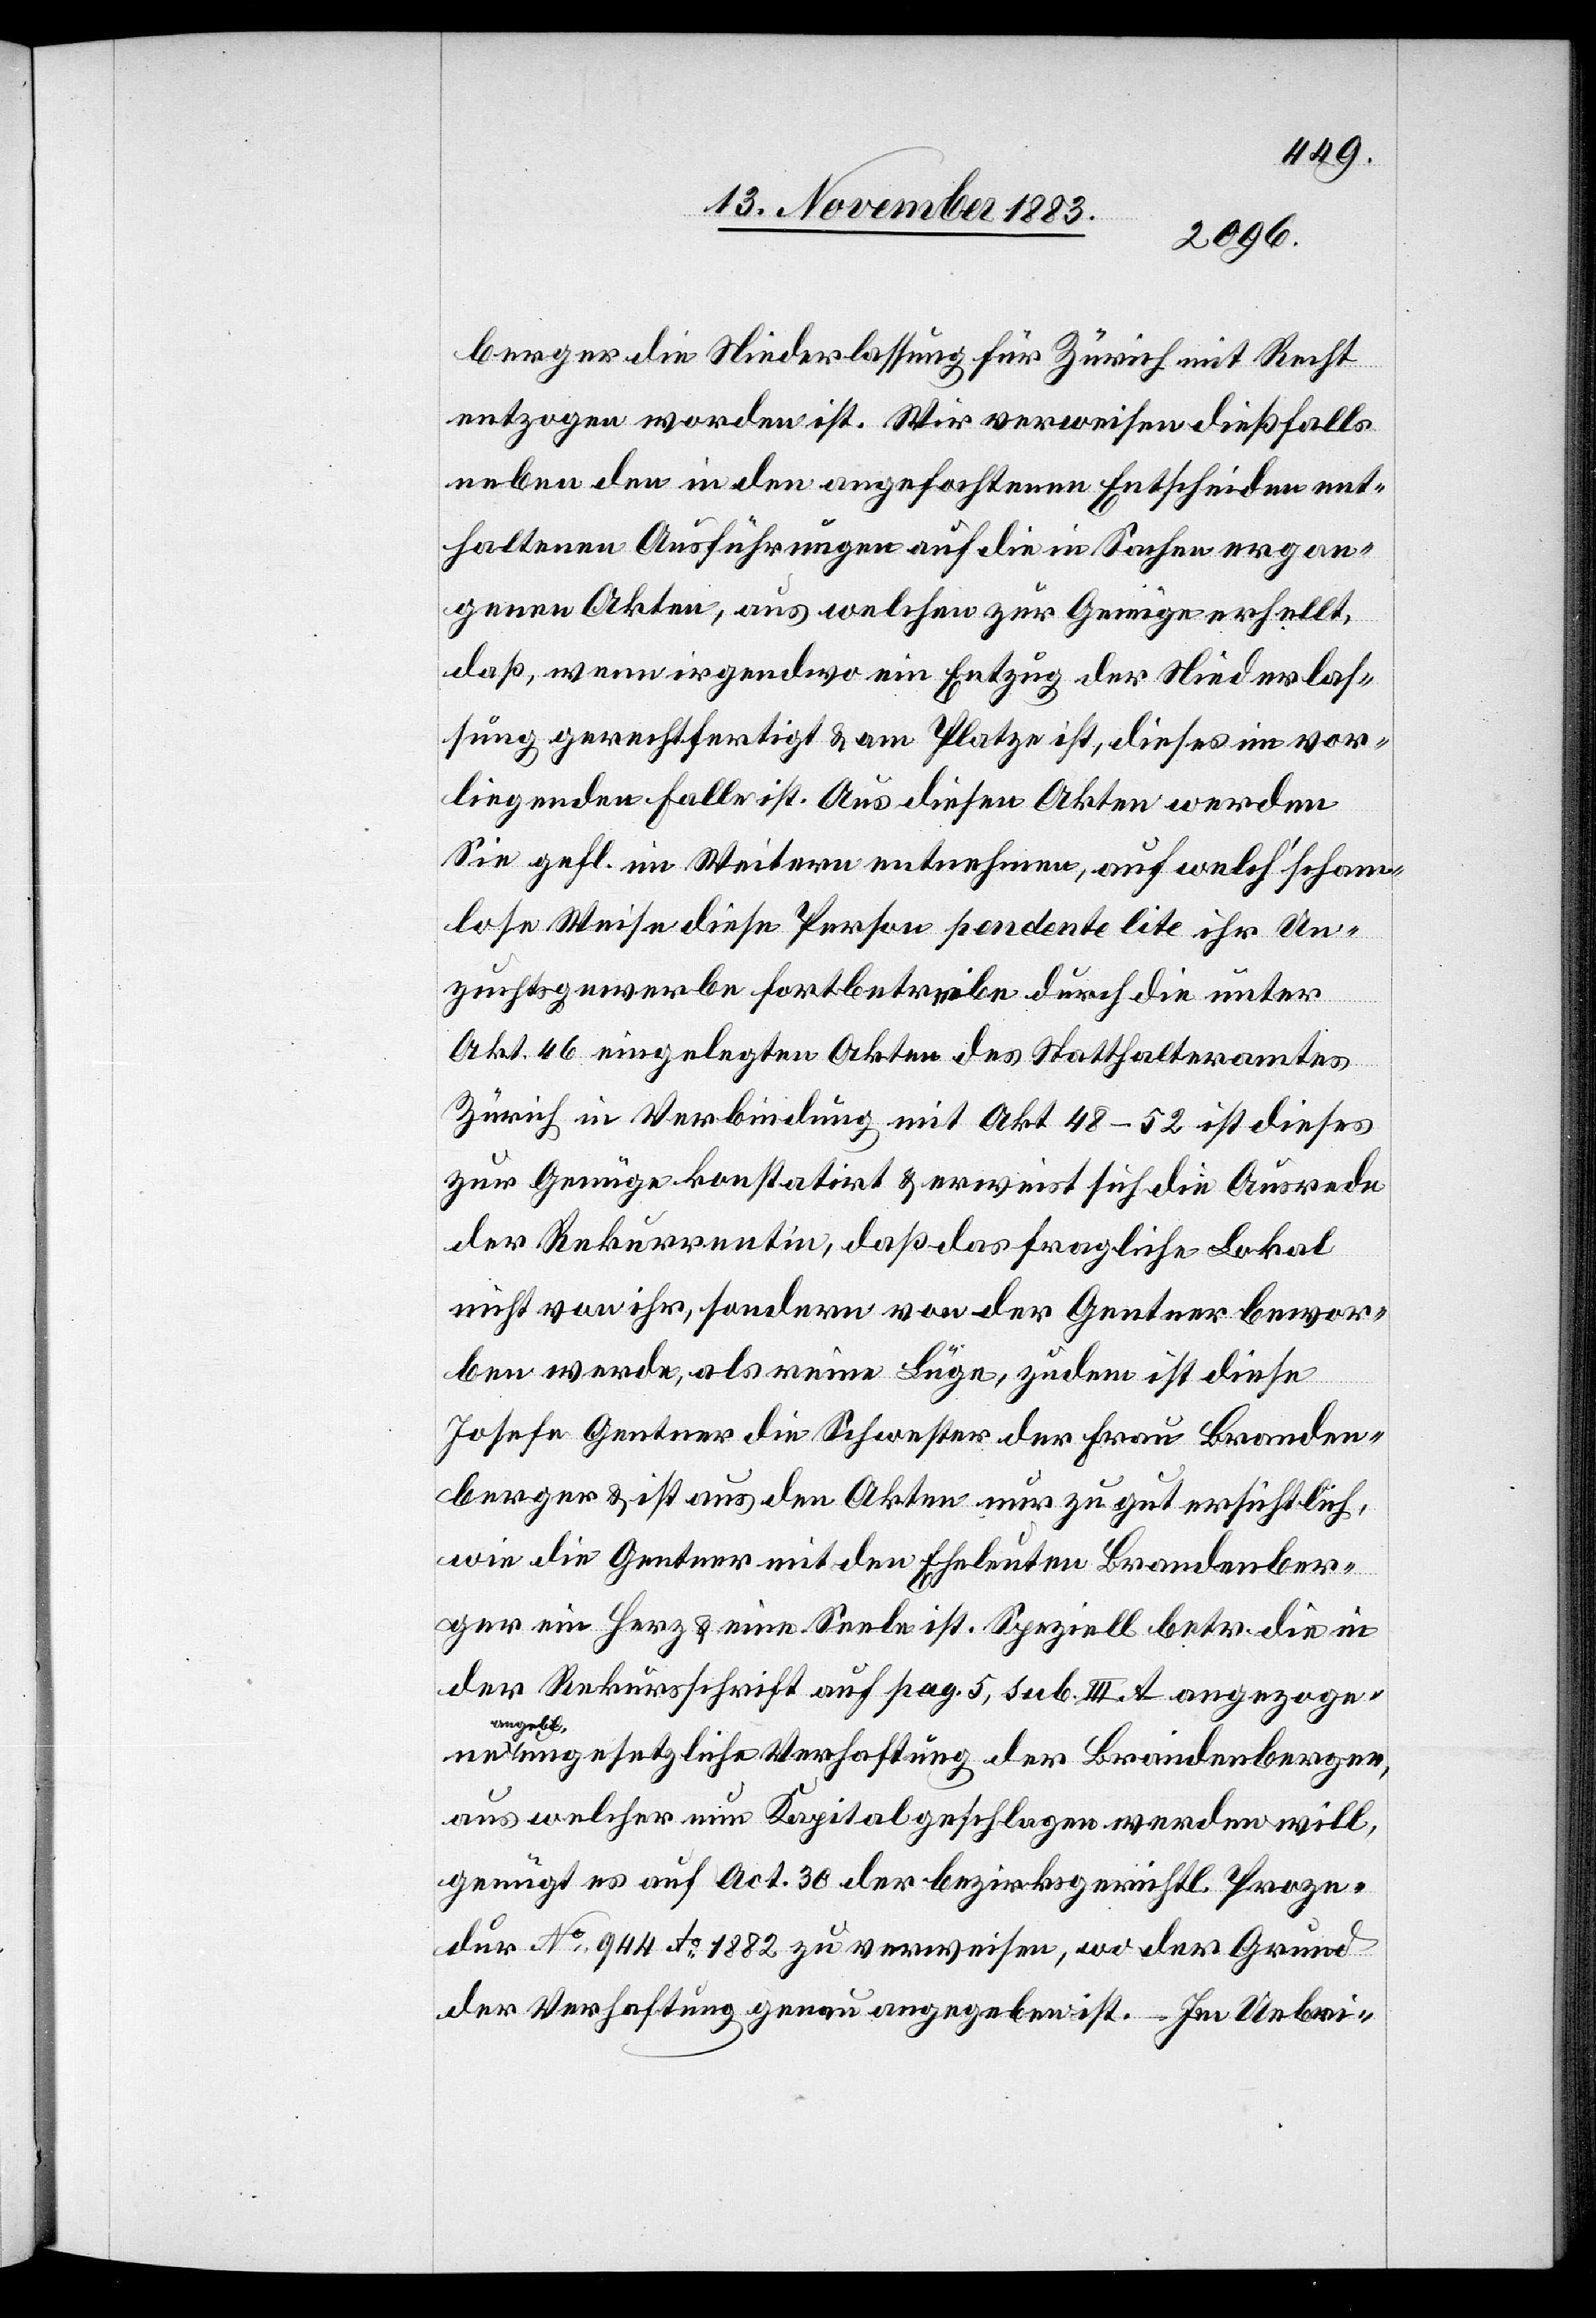
berger die Niederlassung für Zürich mit Recht
entzogen worden ist. Wir verweisen dießfalls
neben den in den angefochtenen Entscheiden ent¬
haltenen Ausführungen auf die in Sachen ergan¬
genen Akten, aus welchen zur Genüge erhellt,
daß, wenn irgendwo ein Entzug der Niederlas¬
sung gerechtfertigt & am Platze ist, dieses im vor¬
liegenden Falle ist. Aus diesen Akten werden
Sie gefl. im Weitern entnehmen, auf welch‘ scham¬
lose Weise diese Person pendente lite ihr Un¬
zuchtsgewerbe fortbetreibe durch die unter
Art. 46 eingelegten Akten des Statthalteramtes
Zürich in Verbindung mit Akt. 48–52 ist dieses
zur Genüge konstatirt & erweist sich die Ausrede
der Rekurrentin, daß das fragliche Lokal
nicht von ihr sondern von der Gentner bewor¬
ben werde, als reine Lüge, zudem ist diese
Josefe Gentner die Schwester der Frau Branden¬
berger & ist aus den Akten nur zu gut ersichtlich,
wie die Gentner mit den Eheleuten Brandenber¬
ger ein Herz & eine Seele ist. Speziell betr. die in
der Rekursschrift auf pag. 5, sub. III. A angezogene
angebl.
ungesetzliche Verhaftung der Brandenberger,
aus welcher nun Kapital geschlagen werden will,
genügt es auf Act. 30 der bezirksgerichtl. Proze¬
dur No 944 Ao 1882 zu verweisen, wo der Grund
der Verhaftung genau angegeben ist. – Im Uebri-